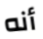
أنه